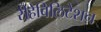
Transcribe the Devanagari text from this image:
रीहेबिलिटेशन